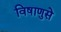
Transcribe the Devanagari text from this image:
विषाणुसे